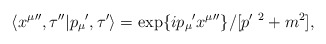
\begin{align*}\langle {x^\mu}'',\tau'' |{p_\mu}',\tau'\rangle= \exp\{{ip_\mu}'{x^\mu}''\}/[p'^{\ 2}+ m^2],\end{align*}